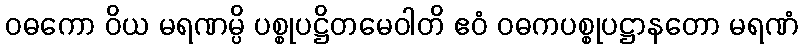
ဝဓကော ဝိယ မရဏမ္ပိ ပစ္စုပဋ္ဌိတမေဝါတိ ဧဝံ ဝဓကပစ္စုပဋ္ဌာနတော မရဏံ